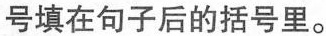
号填在句子后的括号里。